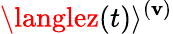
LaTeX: \langlez(t)\rangle^{(\mathbf{v})}